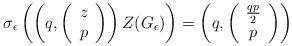
LaTeX: \begin{align*}\sigma_{\epsilon}\left(\left( q, \left(\begin{array}{c}z\\p\end{array}\right)\right) Z(G_{\epsilon}) \right)=\left( q, \left(\begin{array}{c}\frac{qp}{2}\\p\end{array}\right)\right)\end{align*}